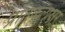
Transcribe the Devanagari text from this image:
प्रतिकूलाक्षर